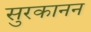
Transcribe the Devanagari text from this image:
सुरकानन